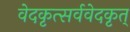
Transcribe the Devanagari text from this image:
वेदकृत्सर्ववेदकृत्